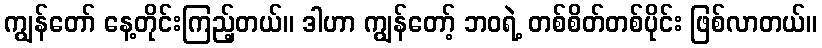
ကျွန်တော် နေ့တိုင်းကြည့်တယ်။ ဒါဟာ ကျွန်တော့် ဘဝရဲ့ တစ်စိတ်တစ်ပိုင်း ဖြစ်လာတယ်။